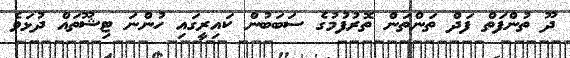
ދޫ ތުންފަތް ފަދް ތަންތަން ތޮރުފުމުގެ ސަބަބުން ކައިރީގައި ހުންނަ ޓިޝޫތައް ދުޅަވެ